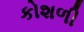
કોશળી